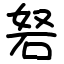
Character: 砮